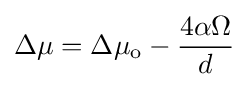
\Delta \mu =\Delta \mu _{\mathrm {o} }-{\frac {4\alpha \Omega }{d}}